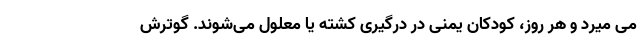
می میرد و هر روز، کودکان یمنی در درگیری کشته یا معلول می‌شوند. گوترش